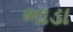
ભાડા